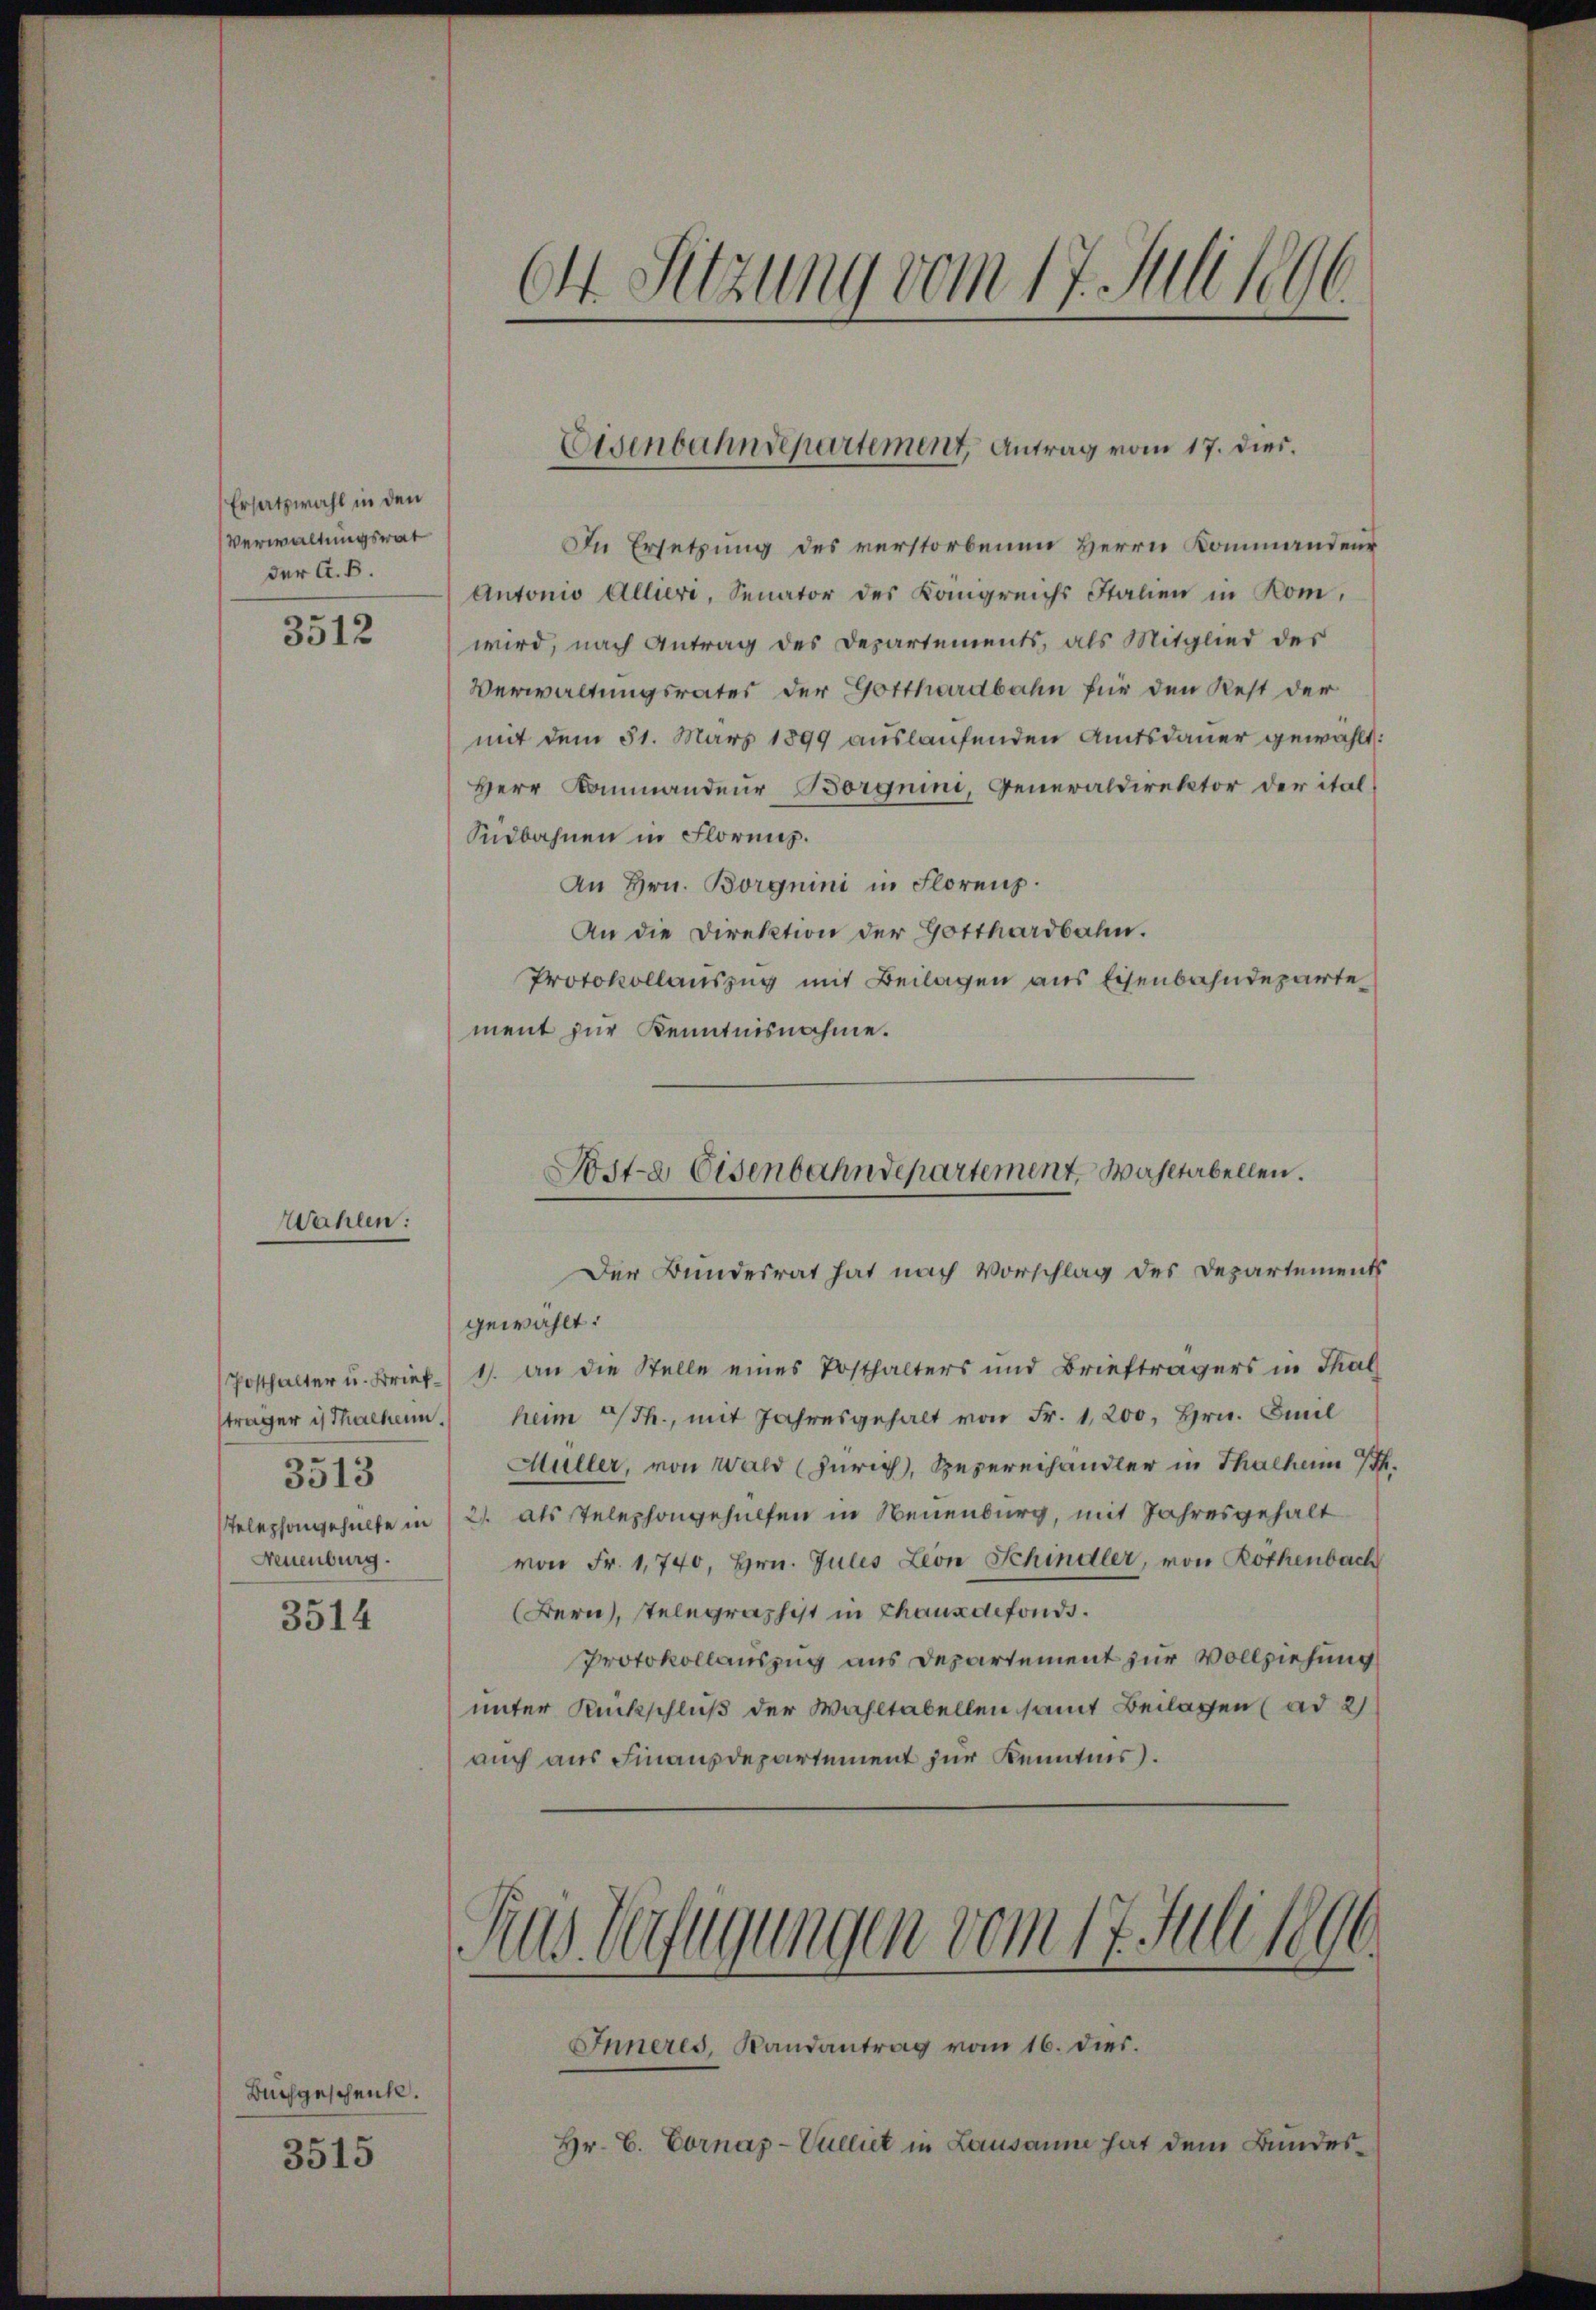
Ersatzwahl in den
Verwaltungsrat
der A. B.
3512

Wahlen:

3513
Neuenburg.
3514

Buchgeschenke.
3515

64 Sitzung vom 17. Juli 1890.

Eisenbahndepartement, Antrag vom 17. dies.

In Ersetzung des verstorbenen Herrn Kommandeur
Antonio Allieri, Senator des Königreichs Stalien in Komwird, nach Antrag des Departements, als Mitglied des
Verwaltungsrates der Gotthardbahn für den Rest der
mit dem 51. März 1899 auslaufenden Amtsdauer gewählt:
Herr Kommandeur Borgnini, Generaldirektor der ital¬
Südbahnen in Florenz.
An Hrn. Borgnini in Florenz.
An die Direktion der Gotthardbahn.
Protokollauszug mit Beilagen aus Eisenbahndeparte
ment zur Kenntnisnahme.

Post-a Eisenbahndepartement, Wahltabellen.

Der Bundesrat hat nach Vorschlag des Departements
gewählt:
Posthalter u. Brief 1. an die Stelle eines Posthalters und Briefträgers in Thal
sträger isthalten. Heim Th., mit Jahresgehalt von Fr. 1,200, Hrn. Emil
Müller, von Wald (Zürich, Spezereihändler in Thalheim 7.
Telephongehalte in 12. als Telephongehülfen in Neuenburg, mit Jahresgehalt
von Fr. 1740, Hrn. Jules Leon Schindler, von Rothenbach
Bern, telegraphist in Chauxdefonds.
Protokollauszug aus Departement zur Vollziehung
unter Rückschluß der Wahltabellen samt Beilagen (ad 2
auch aus Finanzdepartement zur Kenntnis.

Aus Verfügungen vom 17. Juli 1890

Inneres, Randantrag vom 16. dies.
Hr. C. Vornaz-Vulliet in Lausanne hat dem Bundes¬